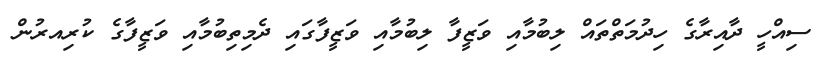
ސިއްހީ ދާއިރާގެ ހިދުމަތްތައް ލިބުމާއި ވަޒީފާ ލިބުމާއި ވަޒީފާގައި ދެމިތިބުމާއި ވަޒީފާގެ ކުރިއރުން